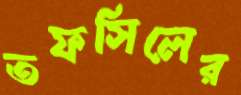
তফসিলের